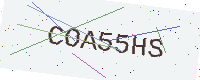
Text: COA55HS